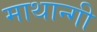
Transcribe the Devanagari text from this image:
माथान्गी